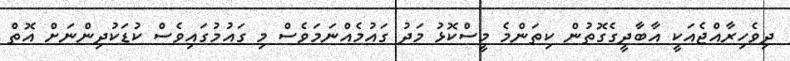
ދިވެހިރާއްޖެއަކީ އާބާދީގެގޮތުން ކިތަންމެ މީސްކޮޅު މަދު ގައުމެއްނަމަވެސް މި ގައުމުގައިވެސް ކުޑަކުދިންނަށް އޮތް